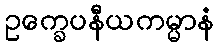
ဥက္ခေပနီယကမ္မာနံ